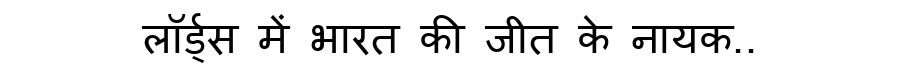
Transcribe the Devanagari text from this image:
लॉर्ड्स में भारत की जीत के नायक..